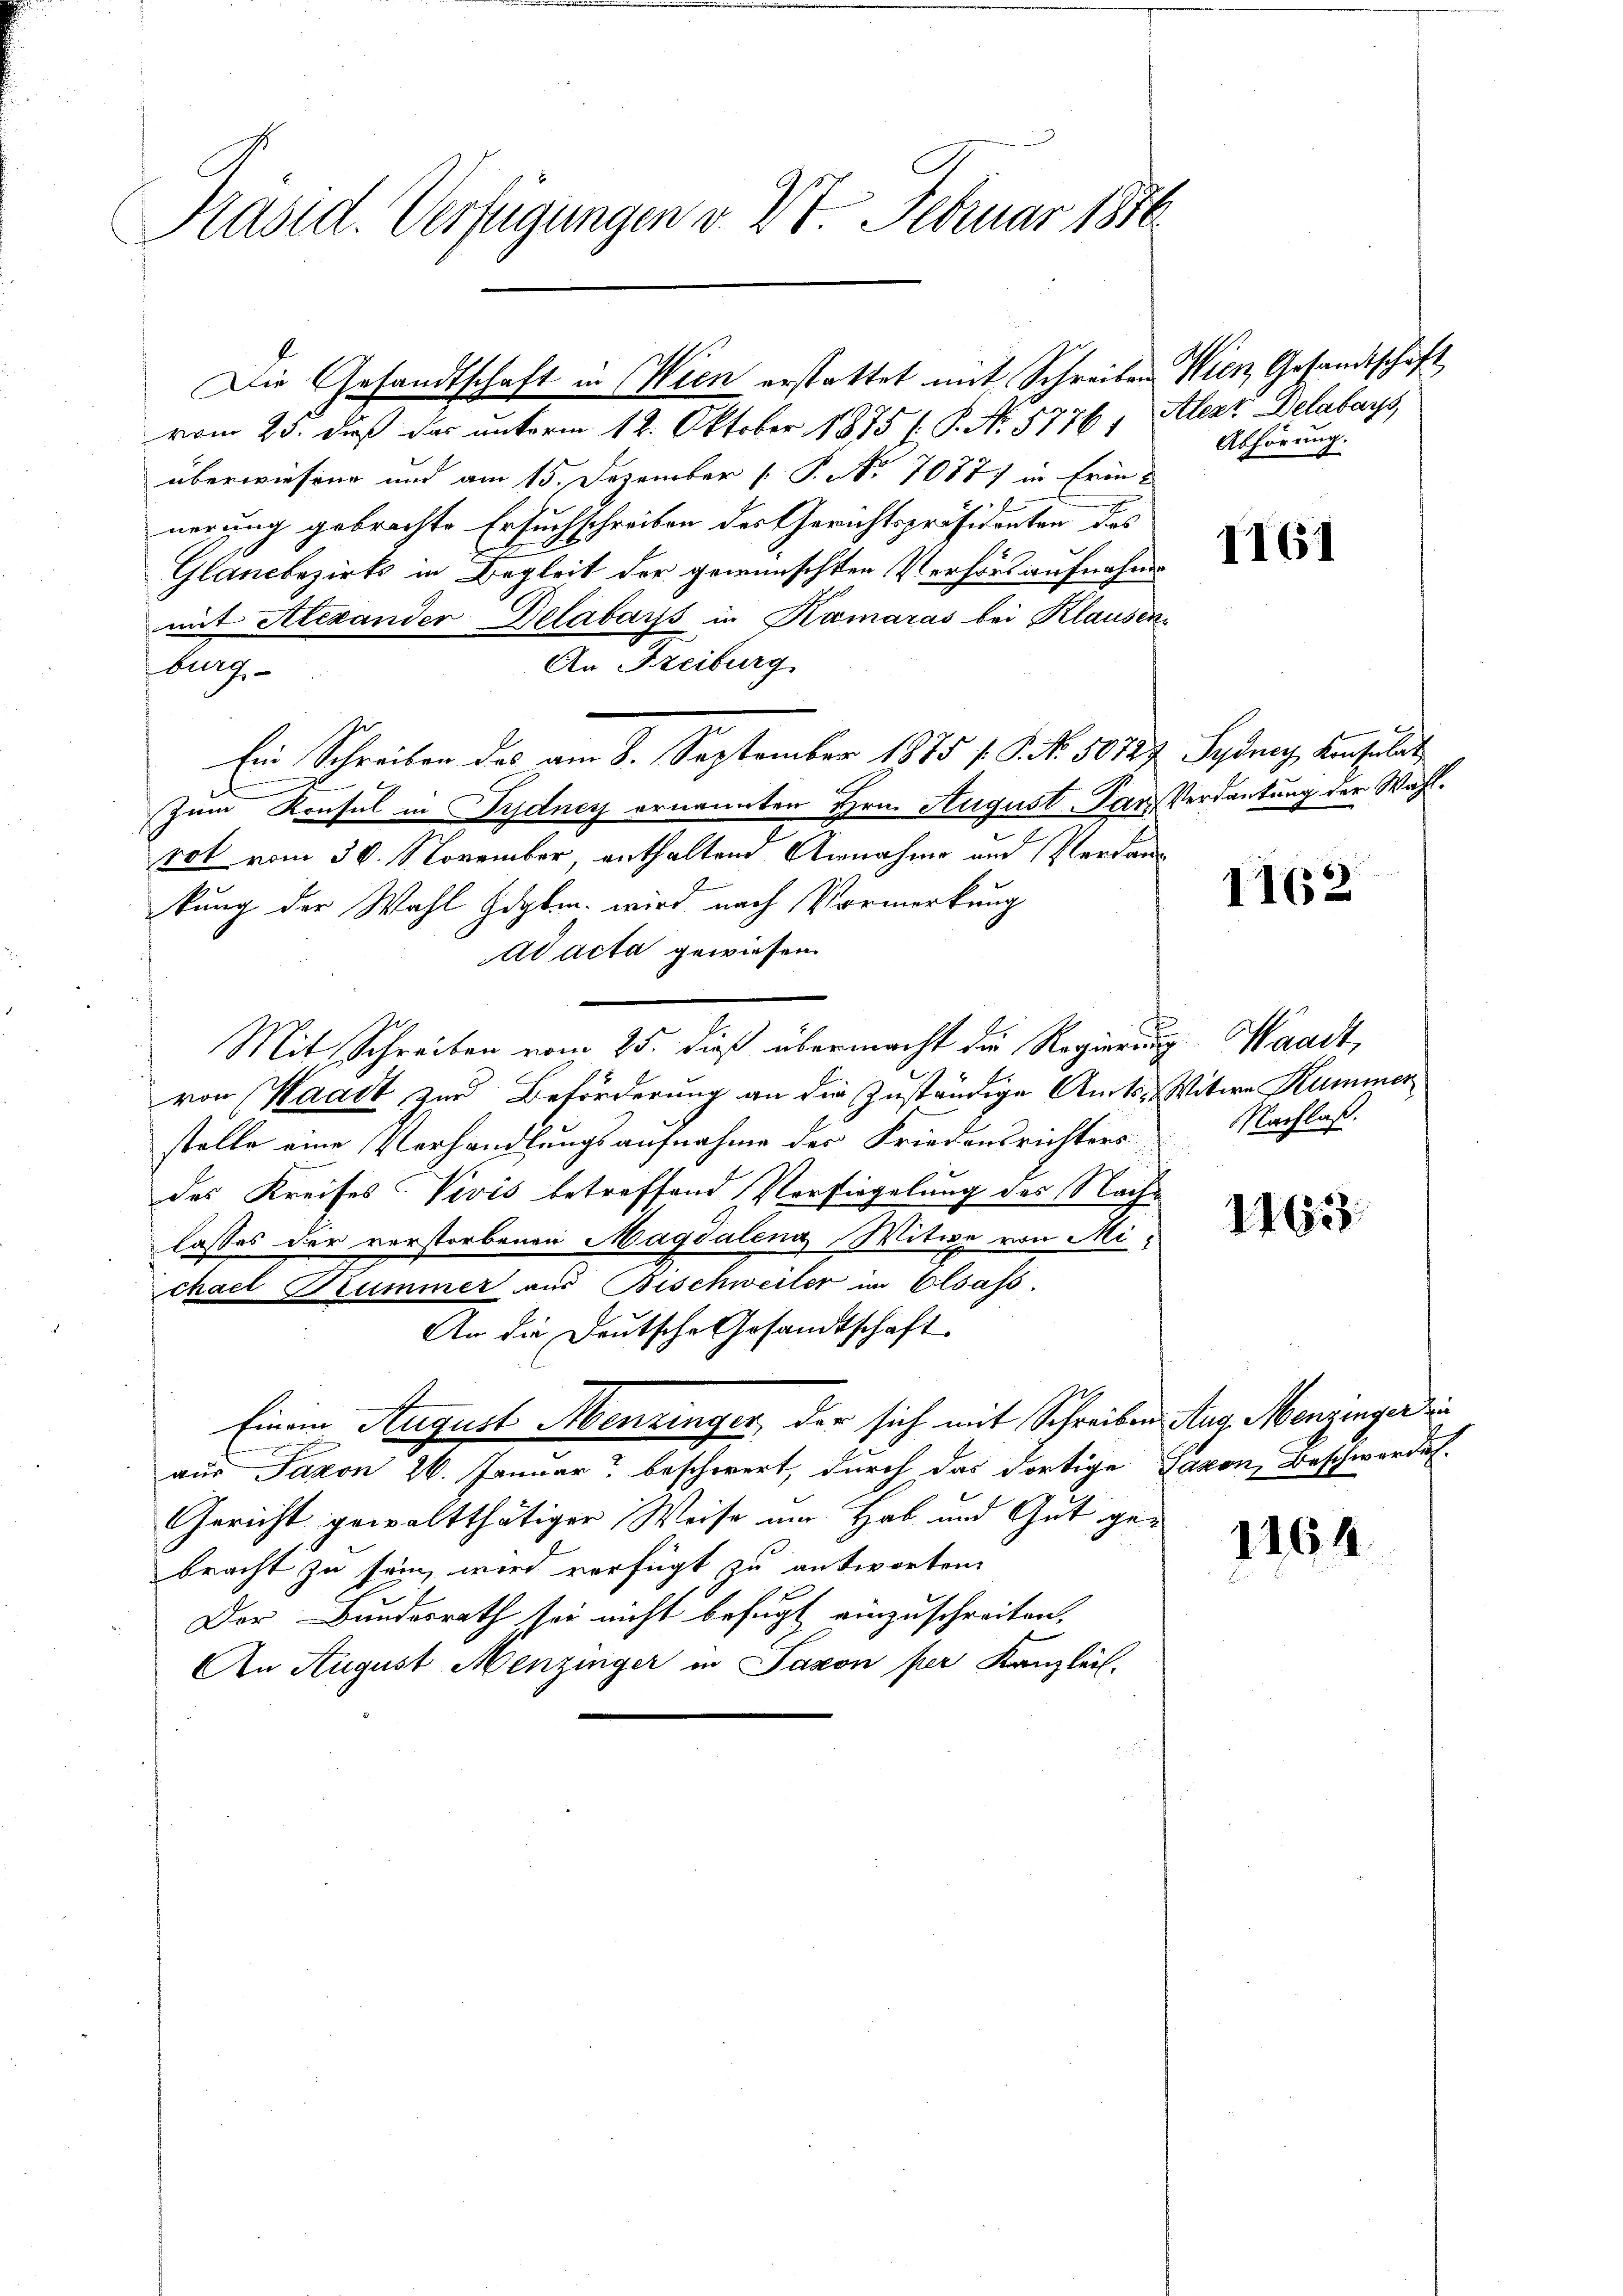
Präsid. Verfügungen v. 27 Februar 1816.

überwiesene und am 15. Dezember P. Nr. 70877 in Erinnerung gebrachte Ersuchschreiben des Gerichtspräsidenten des
Glandbezirks in Begleit der gewünschten Verhörs aufnahm
mit Alexander Delabars in Kamaras bei Klauser
An Freiburg
burg
Zum Konsul in Pydney ernannten Hrn. August. Par Verdankung der Wahlrot vom 30. November, enthalten Annahme und Verdankung der Wahl Hopfen. wird nach Vormerkung
ad acta gewiesen.
Mit Schreiben vom 25. dieß übermacht die Regierun
von Waadt, zur Beförderung an die zuständige Amtsstelle eine Verhandlungsaufnahme der Friedensrichters
des Kreises Vivis betreffend Versiegelung des Nachlasses der verstorbenen Magdalena Witwe von Mi
chael Rummer aus Bischweiter im Elsass.
An die Deutsche Gesandtschaft
Einen August Menzinger, der sich mit Schreiben Aug. Menzinger in
aus Taxon 26. Januar beschwert, durch das dortige
Gericht gewaltthätiger Weise um Hab und Gut gebracht zu sein, wird verfügt zu antworten
Der Bundesrath sei nicht befugt einzuschreiten.
An August Menzinger in Saxon per Kanzlei-

Die Gesandtschaft in Wien erstattet mit Schreiben
vom 23. daß das unterm 12. Oktober 1875 ( P. No. 5776.

Ein Schreiben des am 8. September 1875 f. P. No. 5072,

Wien, Gesandtschäft
Alezt Delabays
Abhörung.

t

1161

4 Sydney Konsulat

1162

g. Waadt,
Witwe Kummer
NNachlaß.

1163.

Jaxon, Beschwerden.

1164